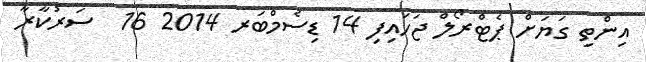
އިންތި ގަޔަށް ޕެޓްރޯލް ޖަހައިފި 14 ޑިސެމްބަރ 2014 16  ސަރުކާރާ